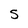
Character: s